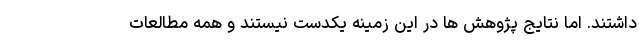
داشتند. اما نتایج پژوهش ها در این زمینه یکدست نیستند و همه مطالعات